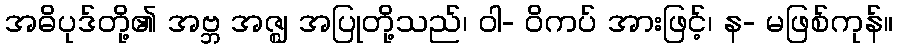
အဓိပုဒ်တို့၏ အဗ္ဘ အဇ္ဈ အပြုတို့သည်၊ ဝါ- ဝိကပ် အားဖြင့်၊ န- မဖြစ်ကုန်။